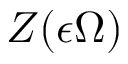
Z ( \epsilon \Omega )